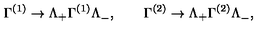
\Gamma ^ { ( 1 ) } \to \Lambda _ { + } \Gamma ^ { ( 1 ) } \Lambda _ { - } ^ { } , \qquad \Gamma ^ { ( 2 ) } \to \Lambda _ { + } \Gamma ^ { ( 2 ) } \Lambda _ { - } ^ { } ,